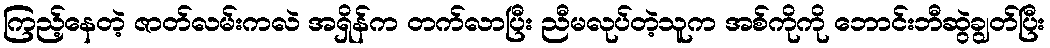
ကြည့်နေတဲ့ ဇာတ်လမ်းကလဲ အရှိန်က တက်လာပြီး ညီမလုပ်တဲ့သူက အစ်ကိုကို ဘောင်းဘီဆွဲချွတ်ပြီး